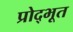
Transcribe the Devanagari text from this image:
प्रोद्भूत